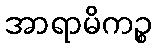
အာရာမိကဉ္စ